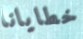
خطايانا